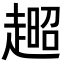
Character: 𧼹